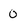
Character: 0